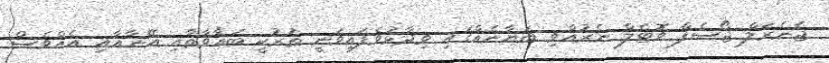
ޖެނެރަލް ޖޯސެފް ވޮޓެލް ނެރުއްވި ބަޔާނެއްގައި ވިދާޅުވެފައިވަނީ ތުރުކީ ބަޣާވާތާއި އޭނާއާއި އެއްވެސް